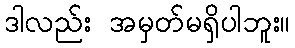
ဒါလည်း အမှတ်မရှိပါဘူး။